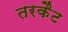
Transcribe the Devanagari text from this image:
तरकैट